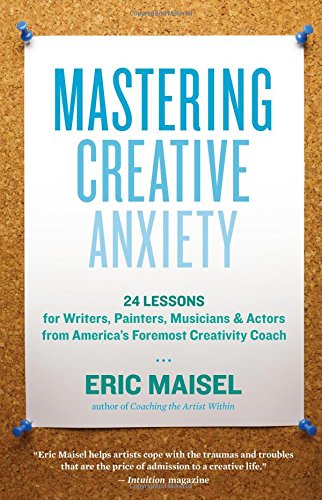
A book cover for Mastering Creative Anxiety: 24 Lessons for Writers, Painters, Musicians, and Actors from AmericaEEs Foremost Creativity Coach; Ph.D. Eric Maisel; Self-Help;